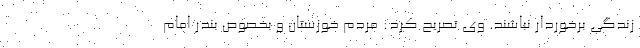
زندگی برخوردار نباشند. وی تصریح کرد: مردم خوزستان و بخصوص بندر امام